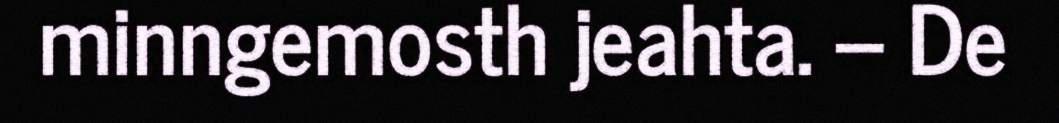
minngemosth jeahta. – De